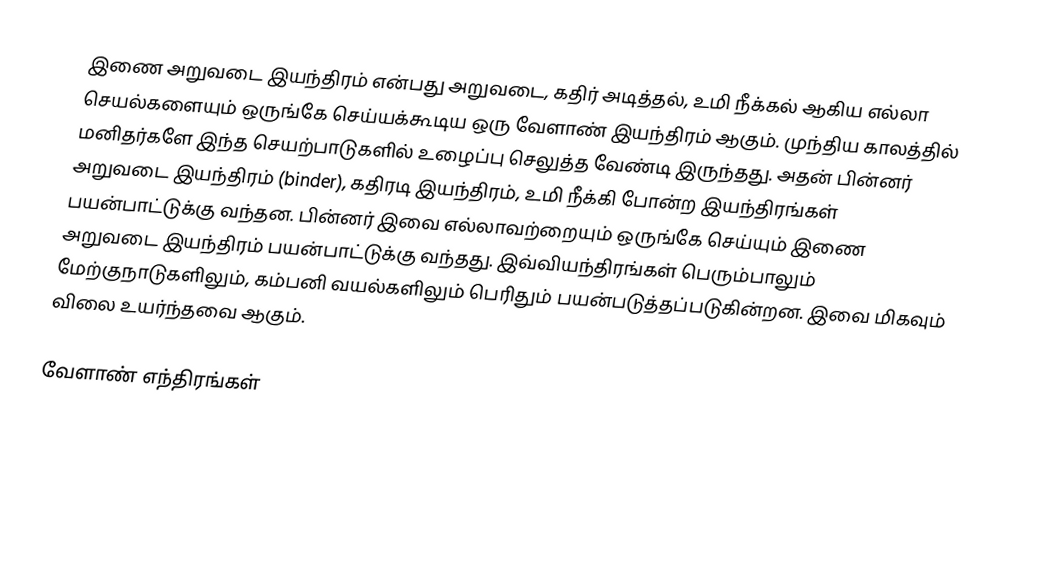
இணை அறுவடை இயந்திரம் என்பது அறுவடை, கதிர் அடித்தல், உமி நீக்கல் ஆகிய எல்லா செயல்களையும் ஒருங்கே செய்யக்கூடிய ஒரு வேளாண் இயந்திரம் ஆகும். முந்திய காலத்தில் மனிதர்களே இந்த செயற்பாடுகளில் உழைப்பு செலுத்த வேண்டி இருந்தது. அதன் பின்னர் அறுவடை இயந்திரம் (binder), கதிரடி இயந்திரம், உமி நீக்கி போன்ற இயந்திரங்கள் பயன்பாட்டுக்கு வந்தன. பின்னர் இவை எல்லாவற்றையும் ஒருங்கே செய்யும் இணை அறுவடை இயந்திரம் பயன்பாட்டுக்கு வந்தது. இவ்வியந்திரங்கள் பெரும்பாலும் மேற்குநாடுகளிலும், கம்பனி வயல்களிலும் பெரிதும் பயன்படுத்தப்படுகின்றன. இவை மிகவும் விலை உயர்ந்தவை ஆகும்.

வேளாண் எந்திரங்கள்